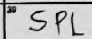
Transcription: SPL